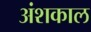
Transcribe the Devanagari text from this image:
अंशकाल